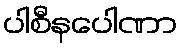
ပါစီနပေါဏာ